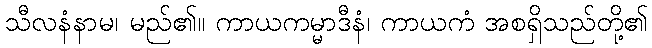
သီလနံနာမ၊ မည်၏။ ကာယကမ္မာဒီနံ၊ ကာယကံ အစရှိသည်တို့၏